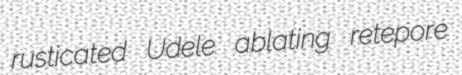
rusticated Udele ablating retepore